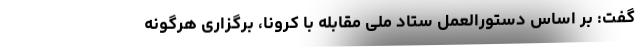
گفت: بر اساس دستورالعمل‌ ستاد ملی مقابله با کرونا، برگزاری هرگونه